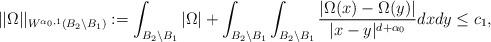
LaTeX: \begin{align*}||\Omega||_{W^{\alpha_0,1}(B_2\backslash B_1)}:=\int_{B_2\backslash B_1}|\Omega|+\int_{B_2\backslash B_1}\int_{B_2\backslash B_1}\frac{|\Omega(x)-\Omega(y)|}{|x-y|^{d+\alpha_0}}dxdy\leq c_1,\end{align*}